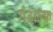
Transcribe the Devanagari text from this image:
गंदाल्फ़